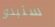
ستبدو